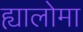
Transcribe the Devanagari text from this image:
ह्यालोमा